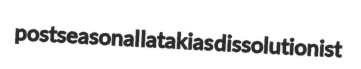
postseasonal latakias dissolutionist